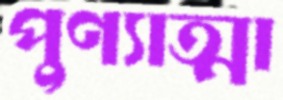
পুণ্যাত্মা